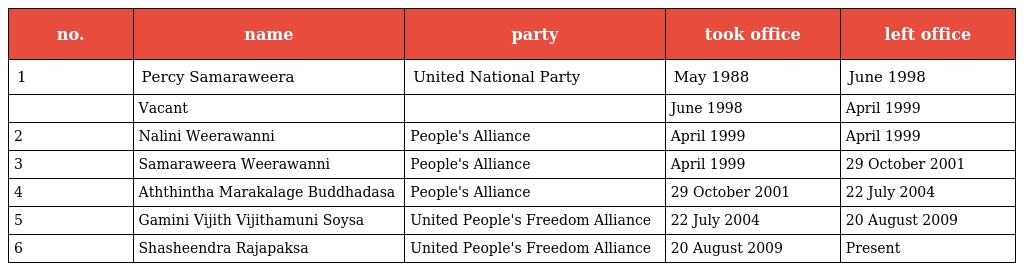
| no. | name | party | took office | left office |
 | --- | --- | --- | --- | --- |
 | 1 | Percy Samaraweera | United National Party | May 1988 | June 1998 |
 |  | Vacant |  | June 1998 | April 1999 |
 | 2 | Nalini Weerawanni | People's Alliance | April 1999 | April 1999 |
 | 3 | Samaraweera Weerawanni | People's Alliance | April 1999 | 29 October 2001 |
 | 4 | Aththintha Marakalage Buddhadasa | People's Alliance | 29 October 2001 | 22 July 2004 |
 | 5 | Gamini Vijith Vijithamuni Soysa | United People's Freedom Alliance | 22 July 2004 | 20 August 2009 |
 | 6 | Shasheendra Rajapaksa | United People's Freedom Alliance | 20 August 2009 | Present |